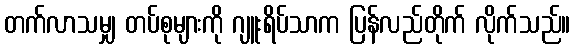
တက်လာသမျှ တပ်စုများကို ဂျူးရိပ်သာက ပြန်လည်တိုက် လိုက်သည်။